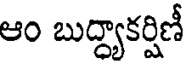
ఆం బుద్ధ్యాకర్షిణీ